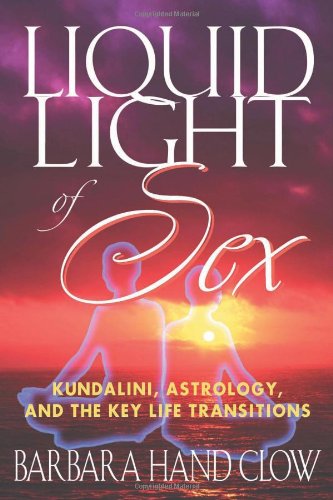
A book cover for Liquid Light of Sex: Kundalini, Astrology, and the Key Life Transitions; Barbara Hand Clow; Religion & Spirituality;